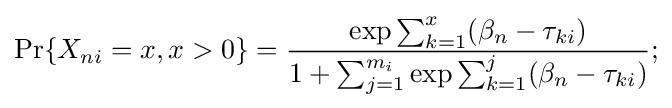
\Pr\{X_{ni}=x,x>0\}={\frac {\exp {{\sum _{k=1}^{x}(\beta _{n}}-{\tau _{ki}})}}{1+\sum _{j=1}^{m_{i}}\exp {{\sum _{k=1}^{j}(\beta _{n}}-{\tau _{ki}})}}};